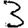
Digit: 3